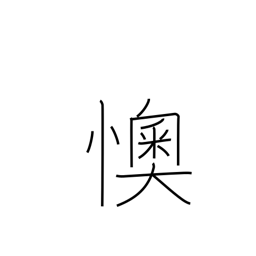
Meaning: provoking